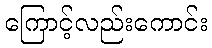
ကြောင့်လည်းကောင်း